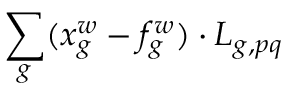
\sum _ { g } ( x _ { g } ^ { w } - f _ { g } ^ { w } ) \cdot L _ { g , p q }